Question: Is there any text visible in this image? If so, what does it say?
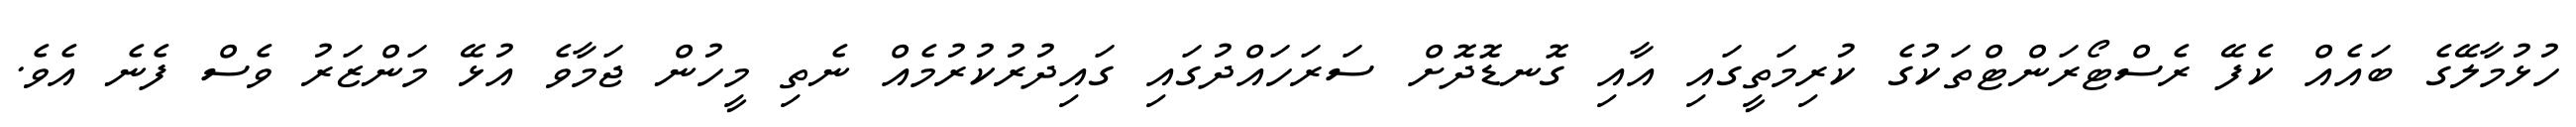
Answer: ހުޅުމާލޭގެ ބައެއް ކެފޭ ރެސްޓޯރަންޓްތަކުގެ ކުރިމަތީގައި އާއި ގޮނޑޮދޮށް ސަރަހައްދުގައި ގައިދުރުކުރުމެއް ނެތި މީހުން ޖަމާވެ އުޅޭ މަންޒަރު ވެސް ފެނެ އެވެ.